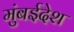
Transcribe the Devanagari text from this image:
मुंबईदेश